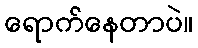
ရောက်နေတာပဲ။